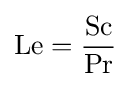
\mathrm {Le} ={\frac {\mathrm {Sc} }{\mathrm {Pr} }}